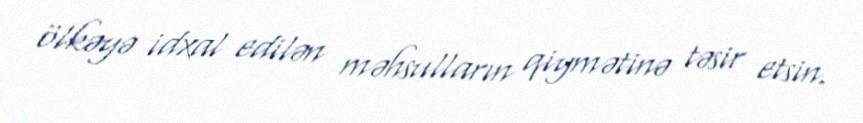
ölkəyə idxal edilən məhsulların qiymətinə təsir etsin.